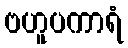
ဗဟူပကာရံ